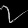
Digit: ၇